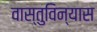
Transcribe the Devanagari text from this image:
वास्तुविन्यास